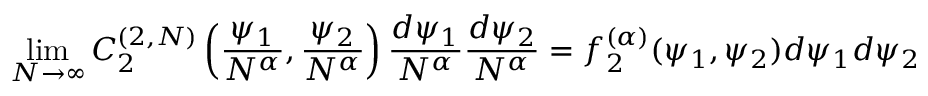
\operatorname* { l i m } _ { N \rightarrow \infty } C _ { 2 } ^ { ( 2 , N ) } \left( \frac { \psi _ { 1 } } { N ^ { \alpha } } , \frac { \psi _ { 2 } } { N ^ { \alpha } } \right) \frac { d \psi _ { 1 } } { N ^ { \alpha } } \frac { d \psi _ { 2 } } { N ^ { \alpha } } = f _ { 2 } ^ { ( \alpha ) } ( \psi _ { 1 } , \psi _ { 2 } ) d \psi _ { 1 } d \psi _ { 2 }